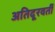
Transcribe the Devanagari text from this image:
अतिदूरवर्ती